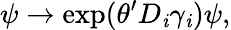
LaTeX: \psi\rightarrow\exp(\theta^{\prime}D_{\mathit{i}}\gamma_{\mathit{i}})\psi,